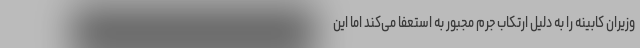
وزیران کابینه را به دلیل ارتکاب جرم مجبور به استعفا می‌کند اما این